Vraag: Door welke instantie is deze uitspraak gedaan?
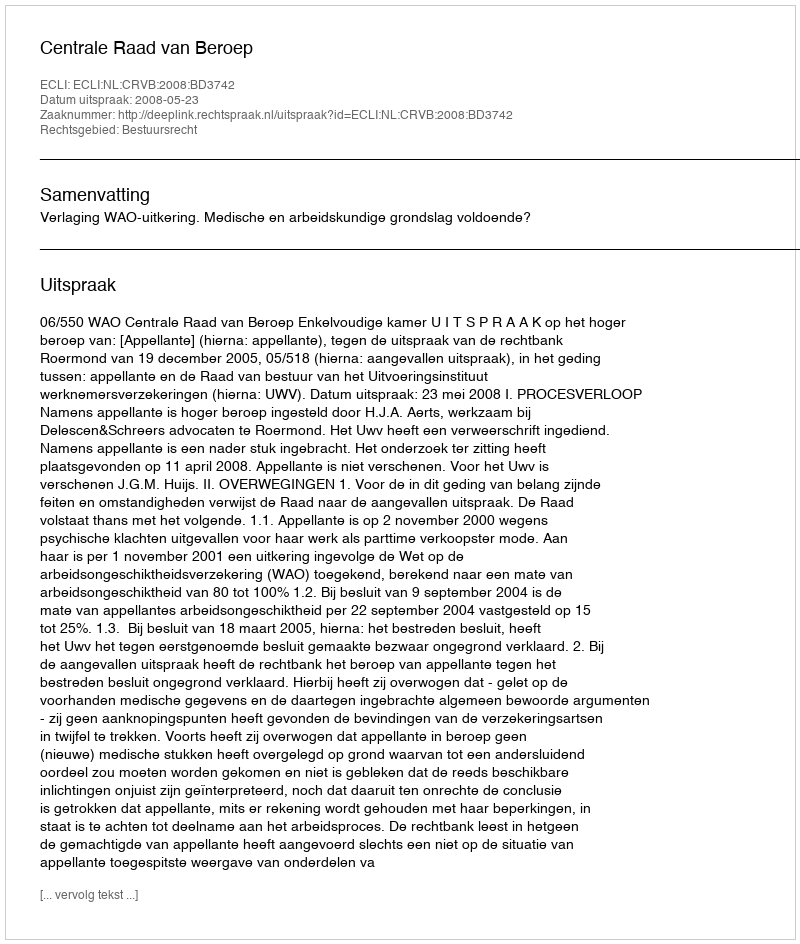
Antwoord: Centrale Raad van Beroep